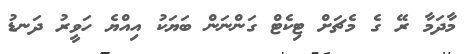
މާދަމާ ރޭ ގެ މެޗަށް ޓިކެޓް ގަންނަން ބަޔަކު އިއްޔެ ހަވީރު ދަނޑު